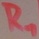
Text: R1